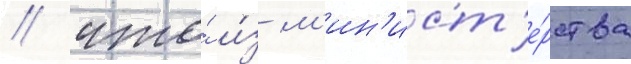
/ что́ и́з м'ин'ист'е́рства